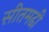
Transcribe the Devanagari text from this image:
सीतमढी